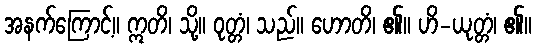
အနက်ကြောင့်။ ဣတိ၊ သို့။ ဝုတ္တံ၊ သည်။ ဟောတိ၊ ၏။ ဟိ-ယုတ္တံ၊ ၏။